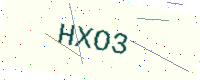
Text: HXO3